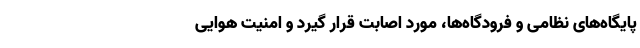
پایگاه‌های نظامی و فرودگاه‌ها، مورد اصابت قرار گیرد و امنیت هوایی